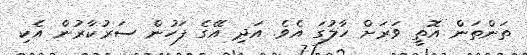
ތަންތަން އޮތީ ވަރަށް ހާލުގަ އެވެ. އަދި އޭގެ ފަހުން ސަރުކާރުން އެކި